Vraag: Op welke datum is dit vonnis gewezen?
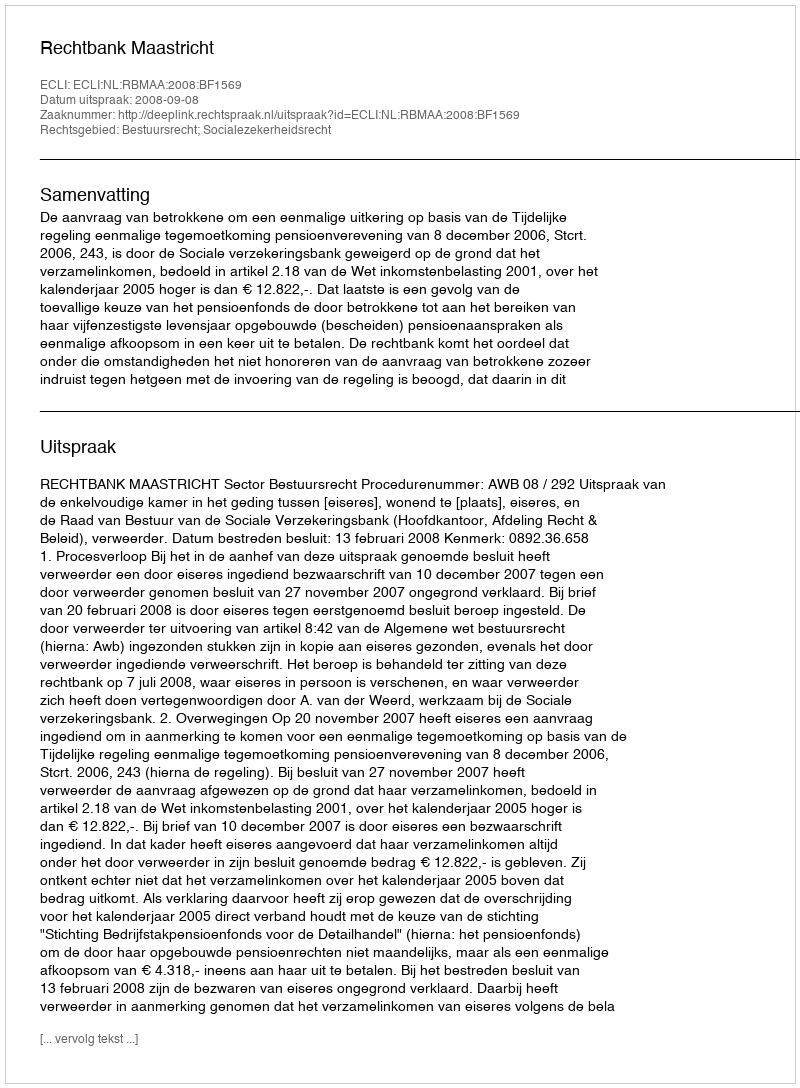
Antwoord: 2008-09-08